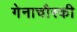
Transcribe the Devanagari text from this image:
गेनाचौस्की